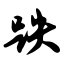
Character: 跌